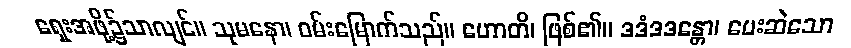
ရှေးအဖို့၌သာလျင်။ သုမနော၊ ဝမ်းမြောက်သည်။ ဟောတိ၊ ဖြစ်၏။ ဒဒံဒဒန္တော၊ ပေးဆဲသော